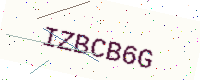
Text: IZBCB6G